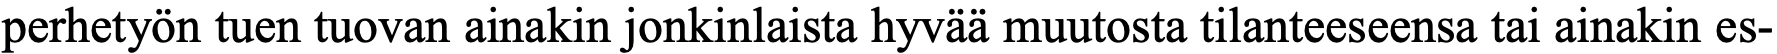
perhetyön tuen tuovan ainakin jonkinlaista hyvää muutosta tilanteeseensa tai ainakin es-